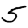
Digit: 5